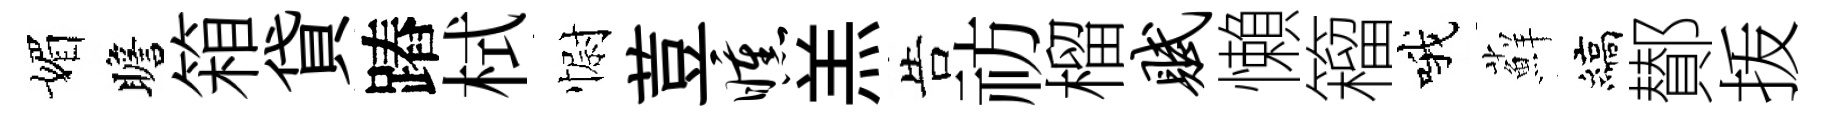
媚瞻箱貸蹖栻𢠢荳曛羔告祊榴赋懶籕哦蘚縞鄼㧞